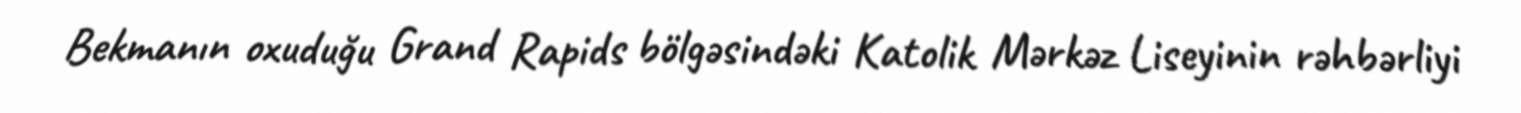
Bekmanın oxuduğu Grand Rapids bölgəsindəki Katolik Mərkəz Liseyinin rəhbərliyi